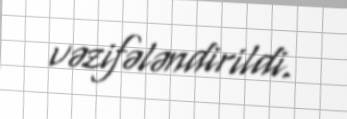
vəzifələndirildi.